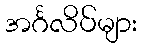
အင်္ဂလိပ်များ